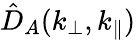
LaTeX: \hat{D}_{A}(k_{\perp},k_{\parallel})